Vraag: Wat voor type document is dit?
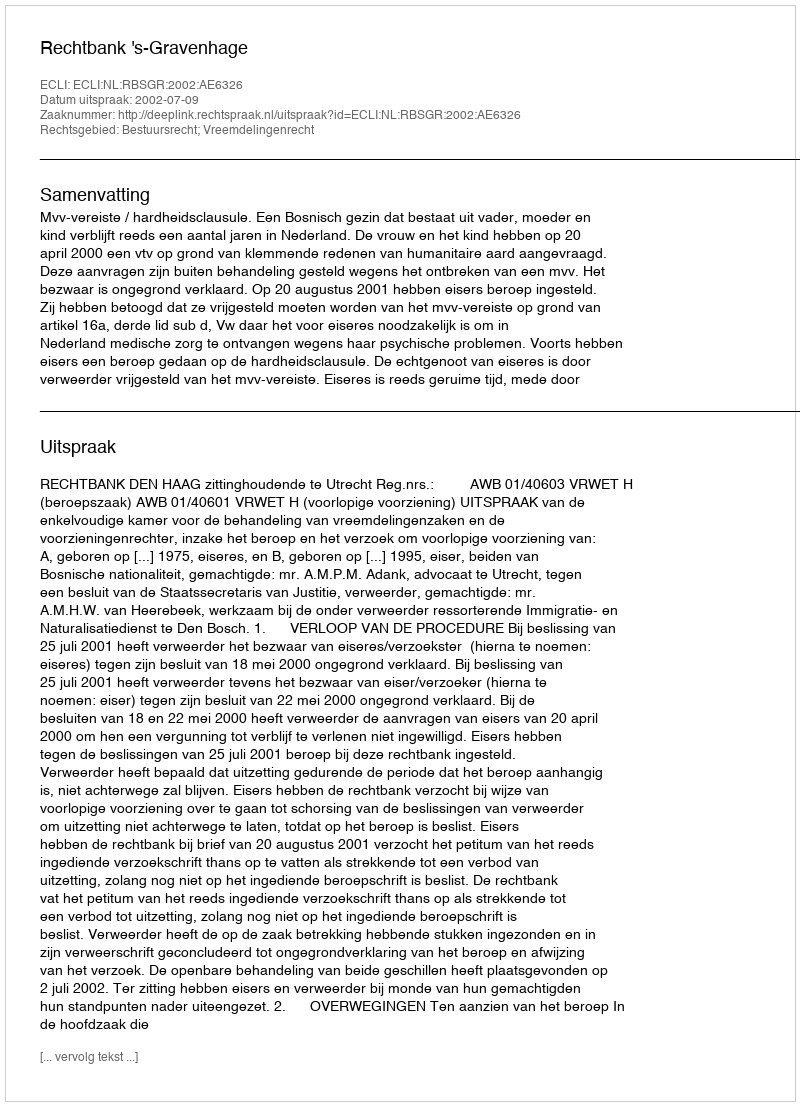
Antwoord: Uitspraak